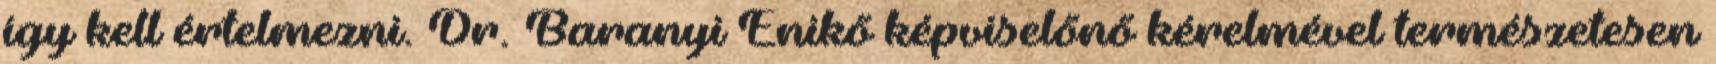
így kell értelmezni. Dr. Baranyi Enikő képviselőnő kérelmével természetesen